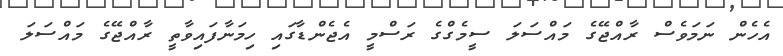
އެހެން ނަމަވެސް ރާއްޖޭގެ މައްސަލަ ސީމެގްގެ ރަސްމީ އެޖެންޑާގައި ހިމަނާފައިވާތީ ރާއްޖޭގެ މައްސަލަ